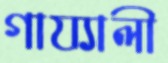
গায্যালী